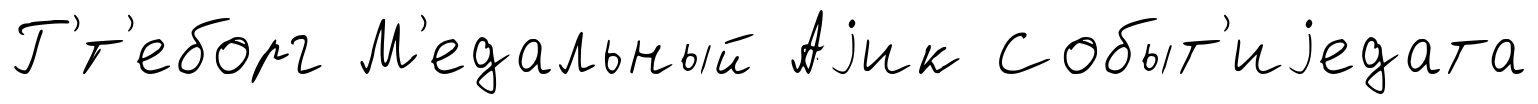
Г'́т'еборг М'едальный Аjик Событ'иjедата